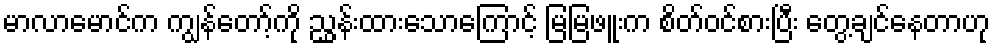
မာလာမောင်က ကျွန်တော့်ကို ညွှန်းထားသောကြောင့် မြမြဖူးက စိတ်ဝင်စားပြီး တွေ့ချင်နေတာဟု